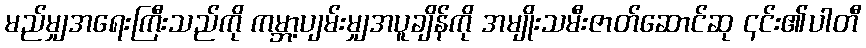
မည်မျှအရေးကြီးသည်ကို ကမ္ဘာ့ပျမ်းမျှအပူချိန်ကို အမျိုးသမီးဇာတ်ဆောင်ဆု ၎င်း၏ပါတီ